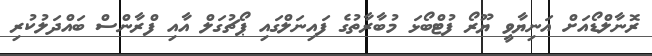
ރޮނާލްޑޯއަށް އަނިޔާވީ ޔޫރޯ ފުޓްބޯޅަ މުބާރާތުގެ ފައިނަލްގައި ޕޯޗުގަލް އާއި ފްރާންސް ބައްދަލުކުރި